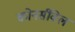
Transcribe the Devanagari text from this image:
कोनर्सविल